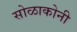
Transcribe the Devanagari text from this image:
सोळाकोनी